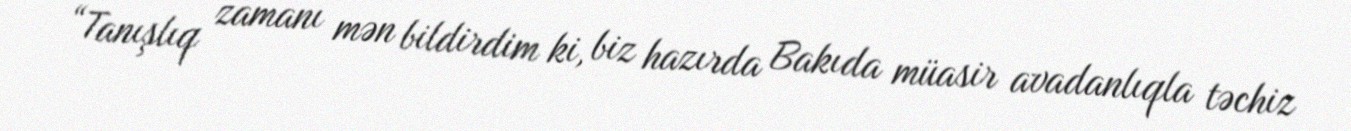
“Tanışlıq zamanı mən bildirdim ki, biz hazırda Bakıda müasir avadanlıqla təchiz